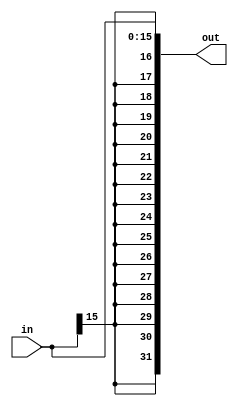
module SignExtender(input signed [15:0]in ,output reg signed [31:0]out);
	initial
		begin
			out<=0;
		end
	always@*
		begin				   
			out={{16{in[15]}},in[15:0]};
			//out[15:0]=[15:0]in;	
		end
		
endmodule

module SignExtenderTestBench;
	
	reg [15:0] numberToExtend;
	wire [31:0] extendedNumber;
	SignExtender s1(numberToExtend,extendedNumber);
	initial
		begin
			//$monitor($time,,,"numberToExtend=%d extendedNumber=%d",numberToExtend,extendedNumber);
			numberToExtend=16'b0111111111111111;
			#10
			numberToExtend=16'b1111110111111111;
		end											
		
	endmodule